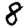
Digit: 8